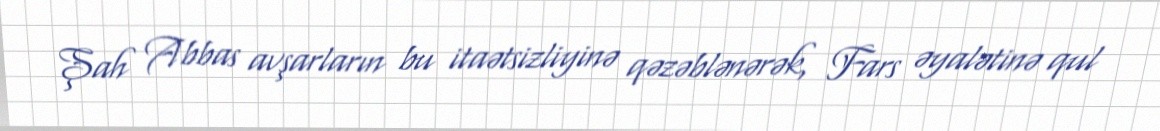
Şah Abbas avşarların bu itaətsizliyinə qəzəblənərək, Fars əyalətinə qul